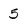
Character: 5